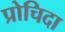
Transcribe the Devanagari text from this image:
प्रोचिदा